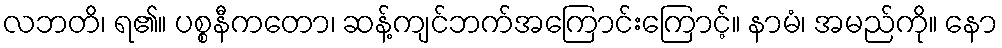
လဘတိ၊ ရ၏။ ပစ္စနီကတော၊ ဆန့်ကျင်ဘက်အကြောင်းကြောင့်။ နာမံ၊ အမည်ကို။ နော